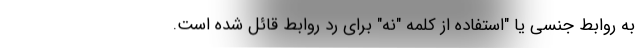
به روابط جنسی یا "استفاده از کلمه "نه" برای رد روابط قائل شده است.